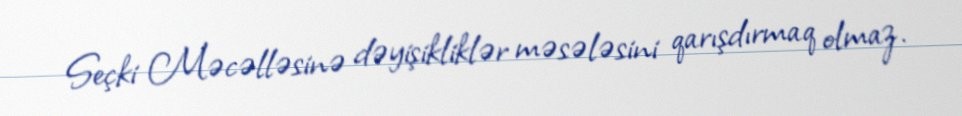
Seçki Məcəlləsinə dəyişikliklər məsələsini qarışdırmaq olmaz.